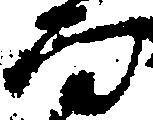
而